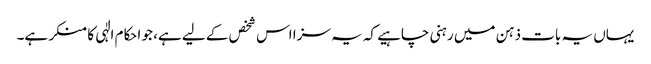
یہاں یہ بات ذہن میں رہنی چاہیے کہ یہ سزا اس شخص کے لیے ہے، جو احکام الٰہی کا منکر ہے۔